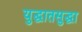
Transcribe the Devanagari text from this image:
युद्धातसुद्धा